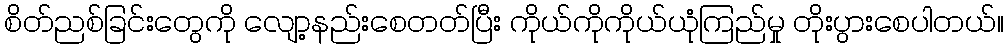
စိတ်ညစ်ခြင်းတွေကို လျော့နည်းစေတတ်ပြီး ကိုယ်ကိုကိုယ်ယုံကြည်မှု တိုးပွားစေပါတယ်။